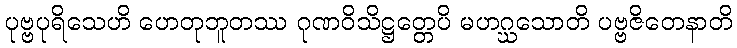
ပုဗ္ဗပုရိသေဟိ ဟေတုဘူတဿ ဂုဏဝိသိဋ္ဌတ္တေပိ မဟဂ္ဃသောတိ ပဗ္ဗဇိတေနာတိ